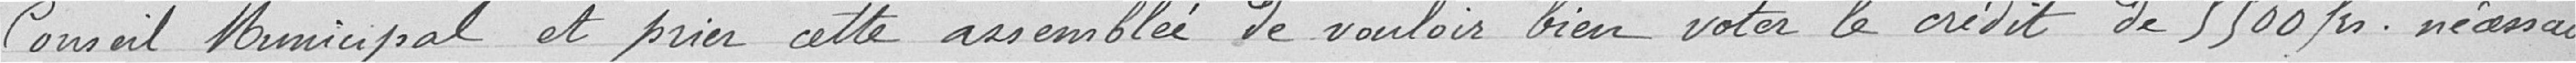
Conseil Municipal et prier cette assemblée de vouloir bien voter le crédit de 5.500 francs nécessaire